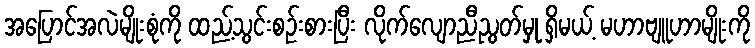
အပြောင်အလဲမျိုးစုံကို ထည့်သွင်းစဉ်းစားပြီး လိုက်လျောညီညွတ်မှု ရှိမယ့် မဟာဗျူဟာမျိုးကို